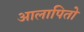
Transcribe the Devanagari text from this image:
आलापितो